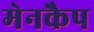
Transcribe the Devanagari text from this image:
मेनकैप